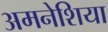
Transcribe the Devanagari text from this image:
अमनेशिया